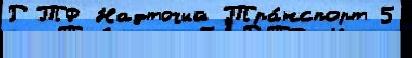
РТФ Надточий Тра́нспорт 5